Vaccination in Bombay 1889-1901 - 1889-1901
Year: 1889
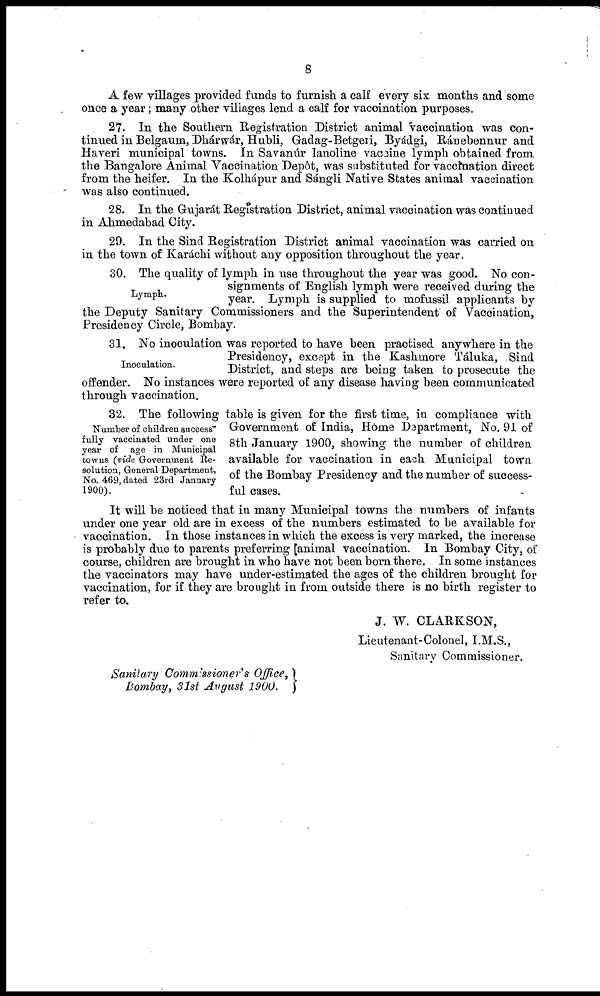
8
A few villages provided funds to furnish a calf every six months and some
once a year; many other villages lend a calf for vaccination purposes.
27. In the Southern Registration District animal vaccination was con-
tinued in Belgaum, Dhárwár, Hubli, Gadag-Betgeri, Byádgi, Ránebennur and
Haveri municipal towns. In Savanúr lanoline vaccine lymph obtained from
the Bangalore Animal Vaccination Depôt, was substituted for vaccination direct
from the heifer. In the Kolhápur and Sángli Native States animal vaccination
was also continued.
28. In the Gujarát Registration District, animal vaccination was continued
in Ahmedabad City.
29. In the Sind Registration District animal vaccination was carried on
in the town of Karáchi without any opposition throughout the year.
Lymph.
30. The quality of lymph in use throughout the year was good. No con-
signments of English lymph were received during the
year. Lymph is supplied to mofussil applicants by
the Deputy Sanitary Commissioners and the Superintendent of Vaccination,
Presidency Circle, Bombay.
Inoculation.
31. No inoculation was reported to have been practised anywhere in the
Presidency, except in the Kashmore Táluka, Sind
District, and steps are being taken to prosecute the
offender. No instances were reported of any disease having been communicated
through vaccination.
Number of children success-
fully vaccinated under one
year of age in Municipal
towns (vide Government Re-
solution, General Department,
No. 469, dated 23rd January
1900).
32. The following table is given for the first time, in compliance with
Government of India, Home Department, No. 91 of
8th January 1900, showing the number of children
available for vaccination in each Municipal town
of the Bombay Presidency and the number of success-
ful cases.
It will be noticed that in many Municipal towns the numbers of infants
under one year old are in excess of the numbers estimated to be available for
vaccination. In those instances in which the excess is very marked, the increase
is probably due to parents preferring animal vaccination. In Bombay City, of
course, children are brought in who have not been born there. In some instances
the vaccinators may have under-estimated the ages of the children brought for
vaccination, for if they are brought in from outside there is no birth register to
refer to.
J. W. CLARKSON,
Lieutenant-Colonel, I.M.S.,
Sanitary Commissioner.
Sanitary Commissioner's Office,
Bombay, 31st August 1900.